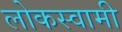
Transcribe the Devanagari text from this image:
लोकस्वामी